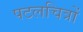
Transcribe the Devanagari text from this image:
पटलचित्रों